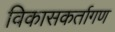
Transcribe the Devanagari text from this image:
विकासकर्तागण